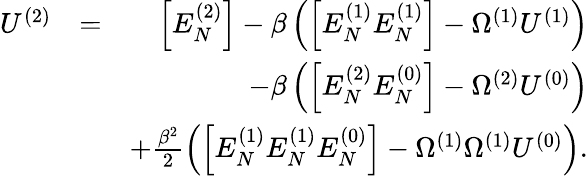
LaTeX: \begin{array}{rlr}{U^{(2)}}&{=}&{\Big[E_{N}^{(2)}\Big]-\beta\left(\Big[E_{N}^{(1)}E_{N}^{(1)}\Big]-\Omega^{(1)}U^{(1)}\right)}\\ &{}&{-\beta\left(\Big[E_{N}^{(2)}E_{N}^{(0)}\Big]-\Omega^{(2)}U^{(0)}\right)}\\ &{}&{+\frac{\beta^{2}}{2}\left(\Big[E_{N}^{(1)}E_{N}^{(1)}E_{N}^{(0)}\Big]-\Omega^{(1)}\Omega^{(1)}U^{(0)}\right).}\end{array}